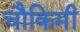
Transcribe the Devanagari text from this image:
चौकिमी